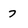
Character: 7